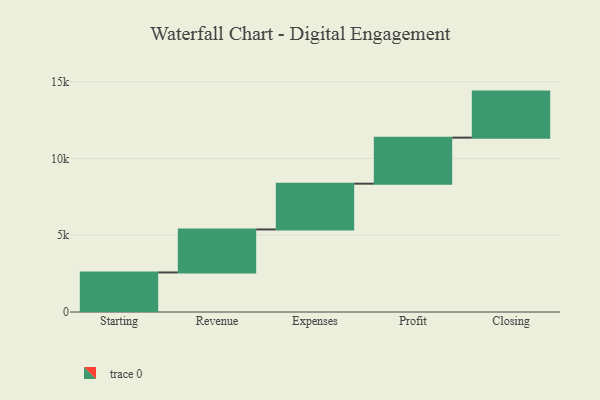
{"axis": {"x": "Step", "y": "Value"}, "legend": [""], "data": [{"x": "Starting", "y": 2577.0, "type": ""}, {"x": "Revenue", "y": 2802.0, "type": ""}, {"x": "Expenses", "y": 2982.0, "type": ""}, {"x": "Profit", "y": 3000, "type": ""}, {"x": "Closing", "y": 3000, "type": ""}]}